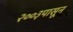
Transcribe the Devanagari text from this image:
२००३पासून